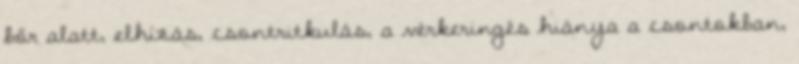
bőr alatt, elhízás, csontritkulás, a vérkeringés hiánya a csontokban,